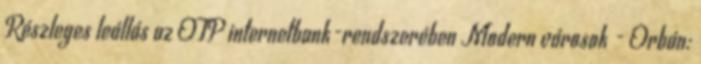
Részleges leállás az OTP internetbank-rendszerében Modern városok - Orbán: